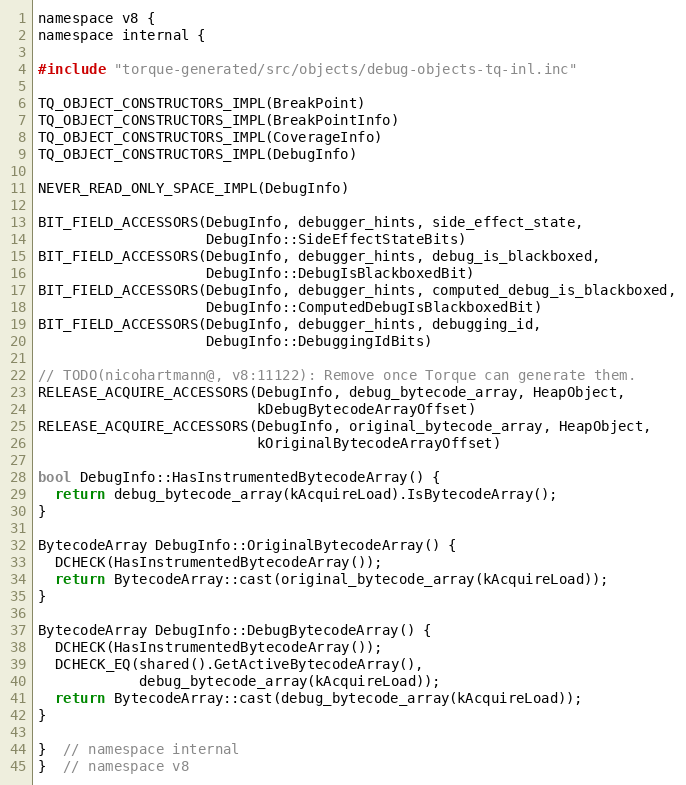
Language: C
namespace v8 {
namespace internal {

#include "torque-generated/src/objects/debug-objects-tq-inl.inc"

TQ_OBJECT_CONSTRUCTORS_IMPL(BreakPoint)
TQ_OBJECT_CONSTRUCTORS_IMPL(BreakPointInfo)
TQ_OBJECT_CONSTRUCTORS_IMPL(CoverageInfo)
TQ_OBJECT_CONSTRUCTORS_IMPL(DebugInfo)

NEVER_READ_ONLY_SPACE_IMPL(DebugInfo)

BIT_FIELD_ACCESSORS(DebugInfo, debugger_hints, side_effect_state,
                    DebugInfo::SideEffectStateBits)
BIT_FIELD_ACCESSORS(DebugInfo, debugger_hints, debug_is_blackboxed,
                    DebugInfo::DebugIsBlackboxedBit)
BIT_FIELD_ACCESSORS(DebugInfo, debugger_hints, computed_debug_is_blackboxed,
                    DebugInfo::ComputedDebugIsBlackboxedBit)
BIT_FIELD_ACCESSORS(DebugInfo, debugger_hints, debugging_id,
                    DebugInfo::DebuggingIdBits)

// TODO(nicohartmann@, v8:11122): Remove once Torque can generate them.
RELEASE_ACQUIRE_ACCESSORS(DebugInfo, debug_bytecode_array, HeapObject,
                          kDebugBytecodeArrayOffset)
RELEASE_ACQUIRE_ACCESSORS(DebugInfo, original_bytecode_array, HeapObject,
                          kOriginalBytecodeArrayOffset)

bool DebugInfo::HasInstrumentedBytecodeArray() {
  return debug_bytecode_array(kAcquireLoad).IsBytecodeArray();
}

BytecodeArray DebugInfo::OriginalBytecodeArray() {
  DCHECK(HasInstrumentedBytecodeArray());
  return BytecodeArray::cast(original_bytecode_array(kAcquireLoad));
}

BytecodeArray DebugInfo::DebugBytecodeArray() {
  DCHECK(HasInstrumentedBytecodeArray());
  DCHECK_EQ(shared().GetActiveBytecodeArray(),
            debug_bytecode_array(kAcquireLoad));
  return BytecodeArray::cast(debug_bytecode_array(kAcquireLoad));
}

}  // namespace internal
}  // namespace v8